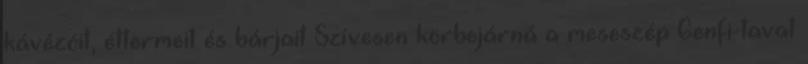
kávézóit, éttermeit és bárjait Szívesen körbejárná a meseszép Genfi-tavat